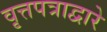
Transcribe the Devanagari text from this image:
वृत्तपत्राद्वारे